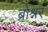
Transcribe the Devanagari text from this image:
ब्रोश्नर